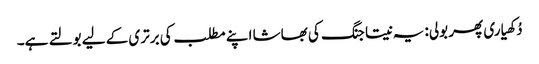
دُکھیاری پھر بولی: یہ نیتا جنگ کی بھاشا اپنے مطلب کی برتری کے لیے بولتے ہے۔